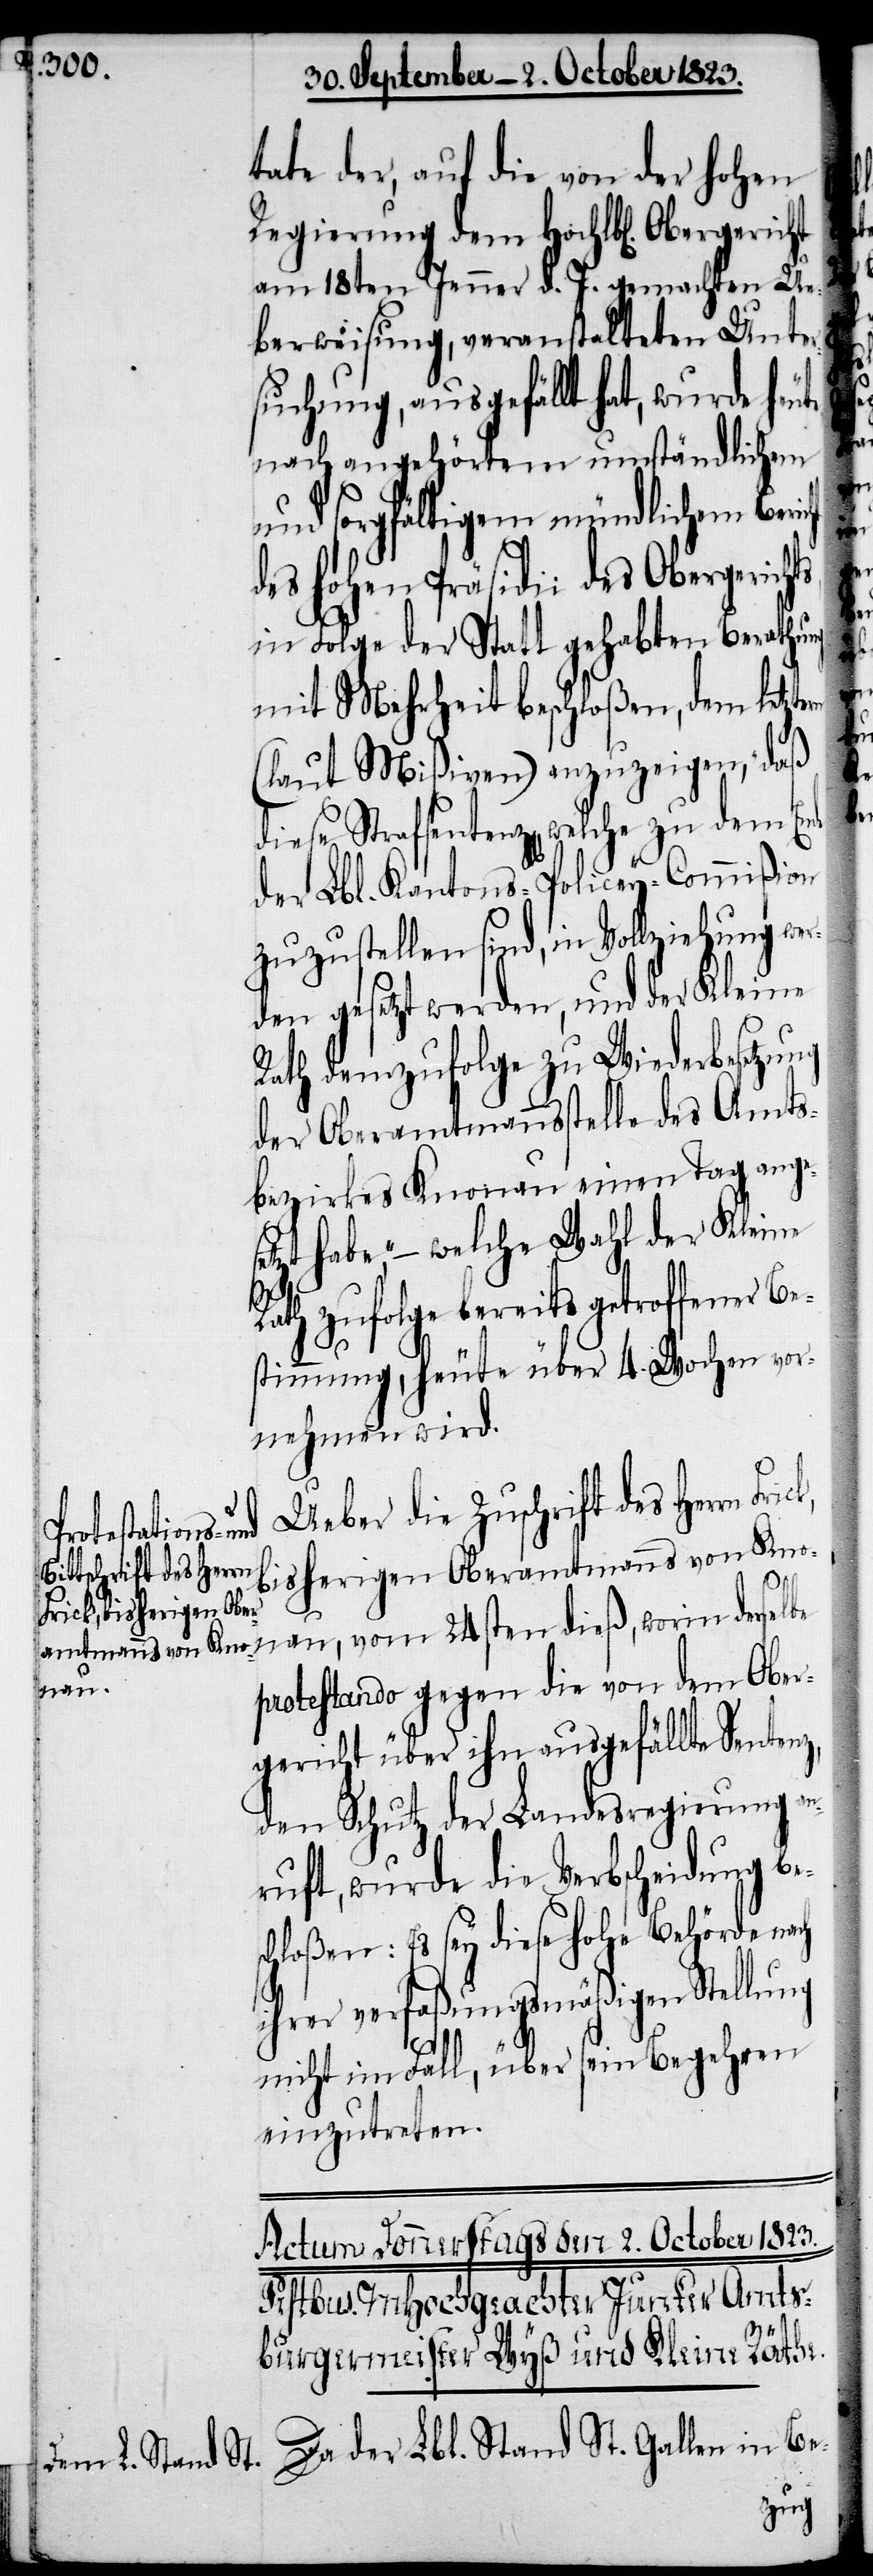
Hochlbl[ichen].
Frick, bisherigen Ober¬
amtmanns von Knon¬

tate der, auf die von der hohen
am 18ten Jenner d. J. gemachten Ue¬
berweisung, veranstalteten Unter¬
suchung, ausgefällt hat, wurde heute
nach angehörtem umständlichem
und sorgfältigem mündlichem Beri¬
des hohen Präsidii des Obergerich¬
in Folge der Statt gehabten Berathung
mit Mehrheit beschloßen, dem letzt¬
(laut Mißiven) anzuzeigen, „daß
diese Strafsentenz[en], welche
der Lbl. Kantons-Policey-Commißion
zuzustellen sind, in Vollziehung wer¬
den gesetzt werden, und der Kleine
Rath demzufolge zu Wiederbesetzung
der Oberamtmannsstelle des Amts¬
bezirkes Knonau einen Tag anges¬
etzt habe,“ − welche Wahl der Kleine
Rath zufolge bereits getroffener Be¬
stimmung, heute über 4. Wochen vor¬
nehmen wird.
Ueber die Zuschrift des Herrn
au, vom 24sten dieß, worin derselbe
protestando gegen die von dem Ober¬
gericht über ihn ausgefällte Senten¬
den Schutz der Landesregierung an¬
ruft, wurde die Verbscheidung bes¬
chloßen: Es sey diese hohe Behörde nach
ihrer verfaßungsmäßigen Stellung
nicht im Fall, über sein Begehren
einzutreten.
cht
Da der Lbl. Stand St. Gallen in Be-

z,